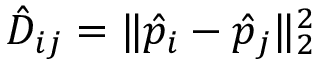
\hat { D } _ { i j } = \| \boldsymbol { \hat { p } _ { i } } - \boldsymbol { \hat { p } _ { j } } \| _ { 2 } ^ { 2 }